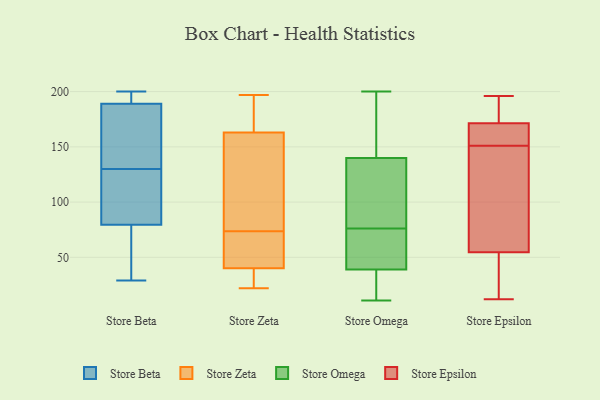
{"axis": {"x": "Customer Acquisition Cost (USD)", "y": "Value"}, "legend": ["Store Beta", "Store Epsilon", "Store Omega", "Store Zeta"], "data": [{"x": "", "y": 29, "type": "Store Beta"}, {"x": "", "y": 200, "type": "Store Beta"}, {"x": "", "y": 94, "type": "Store Beta"}, {"x": "", "y": 32, "type": "Store Beta"}, {"x": "", "y": 88, "type": "Store Beta"}, {"x": "", "y": 188, "type": "Store Beta"}, {"x": "", "y": 116, "type": "Store Beta"}, {"x": "", "y": 192, "type": "Store Beta"}, {"x": "", "y": 184, "type": "Store Beta"}, {"x": "", "y": 193, "type": "Store Beta"}, {"x": "", "y": 54, "type": "Store Beta"}, {"x": "", "y": 152, "type": "Store Beta"}, {"x": "", "y": 130, "type": "Store Beta"}, {"x": "", "y": 197, "type": "Store Zeta"}, {"x": "", "y": 170, "type": "Store Zeta"}, {"x": "", "y": 70, "type": "Store Zeta"}, {"x": "", "y": 59, "type": "Store Zeta"}, {"x": "", "y": 101, "type": "Store Zeta"}, {"x": "", "y": 40, "type": "Store Zeta"}, {"x": "", "y": 192, "type": "Store Zeta"}, {"x": "", "y": 183, "type": "Store Zeta"}, {"x": "", "y": 163, "type": "Store Zeta"}, {"x": "", "y": 64, "type": "Store Zeta"}, {"x": "", "y": 23, "type": "Store Zeta"}, {"x": "", "y": 88, "type": "Store Zeta"}, {"x": "", "y": 94, "type": "Store Zeta"}, {"x": "", "y": 77, "type": "Store Zeta"}, {"x": "", "y": 28, "type": "Store Zeta"}, {"x": "", "y": 70, "type": "Store Zeta"}, {"x": "", "y": 22, "type": "Store Zeta"}, {"x": "", "y": 35, "type": "Store Zeta"}, {"x": "", "y": 39, "type": "Store Omega"}, {"x": "", "y": 62, "type": "Store Omega"}, {"x": "", "y": 11, "type": "Store Omega"}, {"x": "", "y": 60, "type": "Store Omega"}, {"x": "", "y": 163, "type": "Store Omega"}, {"x": "", "y": 90, "type": "Store Omega"}, {"x": "", "y": 135, "type": "Store Omega"}, {"x": "", "y": 140, "type": "Store Omega"}, {"x": "", "y": 138, "type": "Store Omega"}, {"x": "", "y": 104, "type": "Store Omega"}, {"x": "", "y": 46, "type": "Store Omega"}, {"x": "", "y": 157, "type": "Store Omega"}, {"x": "", "y": 29, "type": "Store Omega"}, {"x": "", "y": 200, "type": "Store Omega"}, {"x": "", "y": 173, "type": "Store Omega"}, {"x": "", "y": 33, "type": "Store Omega"}, {"x": "", "y": 32, "type": "Store Omega"}, {"x": "", "y": 40, "type": "Store Omega"}, {"x": "", "y": 196, "type": "Store Epsilon"}, {"x": "", "y": 46, "type": "Store Epsilon"}, {"x": "", "y": 39, "type": "Store Epsilon"}, {"x": "", "y": 167, "type": "Store Epsilon"}, {"x": "", "y": 95, "type": "Store Epsilon"}, {"x": "", "y": 190, "type": "Store Epsilon"}, {"x": "", "y": 184, "type": "Store Epsilon"}, {"x": "", "y": 172, "type": "Store Epsilon"}, {"x": "", "y": 80, "type": "Store Epsilon"}, {"x": "", "y": 12, "type": "Store Epsilon"}, {"x": "", "y": 151, "type": "Store Epsilon"}, {"x": "", "y": 162, "type": "Store Epsilon"}, {"x": "", "y": 158, "type": "Store Epsilon"}, {"x": "", "y": 18, "type": "Store Epsilon"}, {"x": "", "y": 169, "type": "Store Epsilon"}, {"x": "", "y": 111, "type": "Store Epsilon"}, {"x": "", "y": 18, "type": "Store Epsilon"}, {"x": "", "y": 195, "type": "Store Epsilon"}, {"x": "", "y": 133, "type": "Store Epsilon"}]}